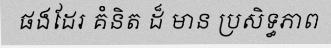
ផងដែរ គំនិត ដ៏ មាន ប្រសិទ្ធភាព